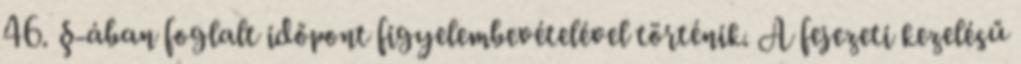
46. §-ában foglalt időpont figyelembevételével történik. A fejezeti kezelésű